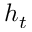
h _ { t }